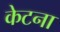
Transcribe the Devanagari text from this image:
केटना